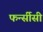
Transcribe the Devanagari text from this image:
फर्न्सीसी